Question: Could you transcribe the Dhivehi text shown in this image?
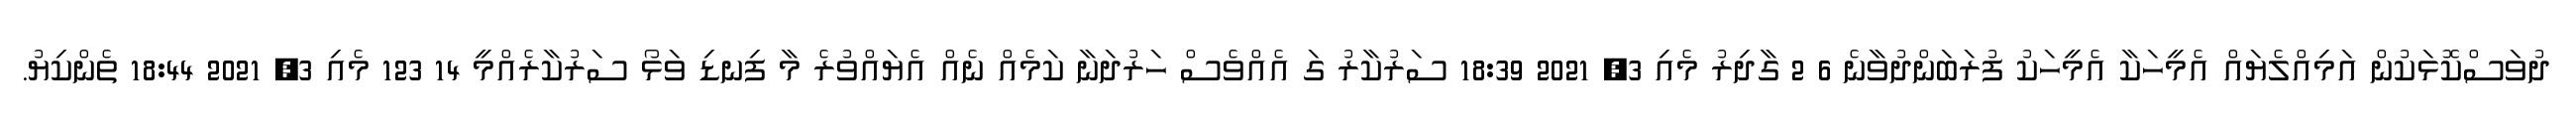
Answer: ދުވަސްކޮޅަކުން އަމިއްލެޔައް އެމީހަކާ އެމީހަކު ފުރަބަންދުވާނެ 6 2 ގާދިރު މެއި 3, 2021 18:39 ސަރުކާރު ގަ އެއްވެސް ހަރުދަނާ ކަމެއް ނެއް އެޔައްވުރެ މާ ފިނޑި ވަޅޯ ސަރުކާރެއްމީ 14 123 މެއި 3, 2021 18:44 ތެންކިޔު.